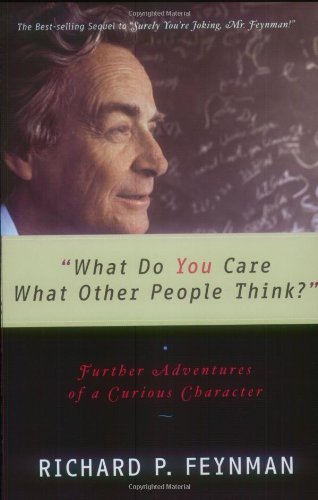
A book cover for "What Do You Care What Other People Think?": Further Adventures of a Curious Character; Richard P. Feynman; Science & Math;